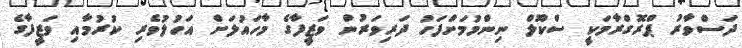
ދަސްވާރު ޕްރޮގްރާމަކީ ސްކޫލް ނިންމުމަށްފަހު ދަރިވަރުން ވަޒީފާގެ މާހައުލަށް އަހުލުވެރި ކުރުމާއި ވަޒީފާގެ